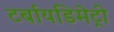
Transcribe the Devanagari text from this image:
टर्बायडिमेट्री